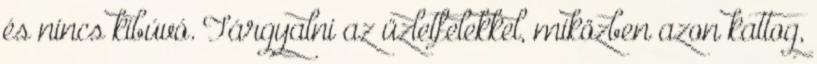
és nincs kibúvó. Tárgyalni az üzletfelekkel, miközben azon kattog,